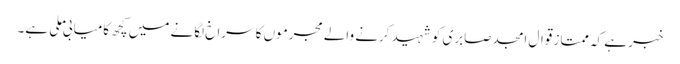
خبر ہے کہ ممتاز قوال امجد صابری کو شہید کرنے والے مجرموں کا سراخ لگانے میں کچھ کامیابی ملی ہے۔